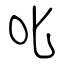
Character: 叱